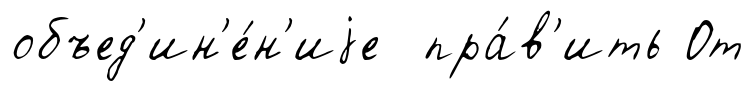
объед'ин'е́н'иjе пра́в'ить От